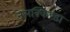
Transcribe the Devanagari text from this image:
नेलक्किण्डा